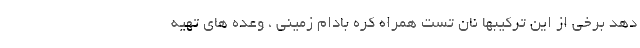
دهد برخی از این ترکیبها نان تست همراه کره بادام زمینی ، وعده های تهیه